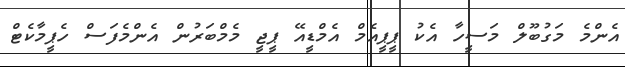
އެންމެ މަގުބޫލް މަސީހާ އެކު ޕީޕީއެމް އެމްޑީއޭ ޕީޖީ މެމްބަރުން އެންމެފަސް ހެޕީމާކެޓް